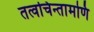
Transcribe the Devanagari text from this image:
तत्वचिन्तामणि